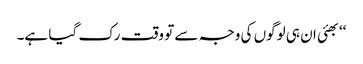
‘‘بھئی ان ہی لوگوں کی وجہ سے تو وقت رک گیا ہے۔